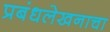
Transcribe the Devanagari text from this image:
प्रबंधलेखनाचा